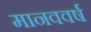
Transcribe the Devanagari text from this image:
मानववर्ष